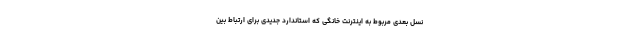
نسل بعدی مربوط به اینترنت خانگی که استاندارد جدیدی برای ارتباط بین